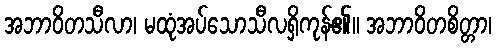
အဘာဝိတသီလာ၊ မထုံအပ်သောသီလရှိကုန်၏။ အဘာဝိတစိတ္တာ၊